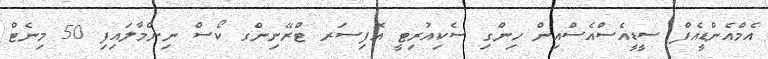
އެމްއެންޑީއެފް ސީޑީއެސްއެސްއިން ހިންގި ސެކިއުރިޓީ އޮފިސަރ ޓްރޭނިންގ ކޯސް ނިންމާލައިފި 50 މިނެޓް